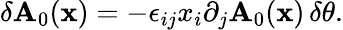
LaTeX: \delta\mathbf{A}_{0}({\mathbf{x}})=-\epsilon_{ij}x_{i}\partial_{j}\mathbf{A}_{0}({\mathbf{x}})\, \delta\theta.